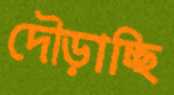
দৌড়াচ্ছি